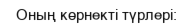
Оның көрнекті түрлері: